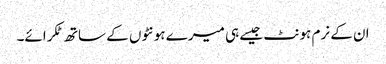
ان کے نرم ہونٹ جیسے ہی میرے ہونٹوں کے ساتھ ٹکرائے۔